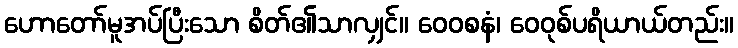
ဟောတော်မူအပ်ပြီးသော စိတ်၏သာလျှင်။ ဝေဝစနံ၊ ဝေဝုစ်ပရိယာယ်တည်း။